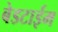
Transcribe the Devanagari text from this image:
बेडटाईम